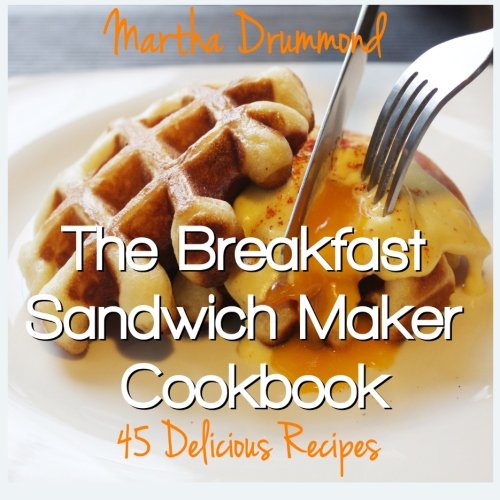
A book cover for The Breakfast Sandwich Maker Cookbook: 45 Delicious Recipes; Martha Drummond; Cookbooks, Food & Wine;